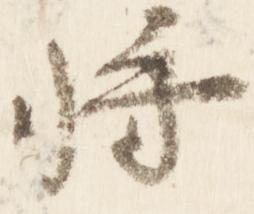
将